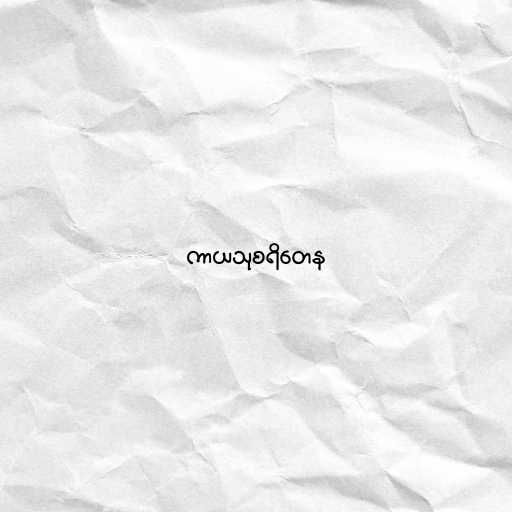
ကာယသုစရိတေန